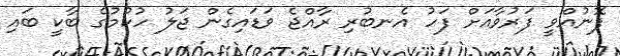
ފޮނުއްވީ ފަރުވާއަށް ފަހު އެނބުރި ރާއްޖެ ވަޑައިގެން ޖަލު ހުކުމުގެ ބާކީ ބައި